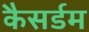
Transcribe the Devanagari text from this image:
कैसर्डम